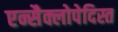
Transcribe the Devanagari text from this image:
एन्सैक्लोपेदिस्त